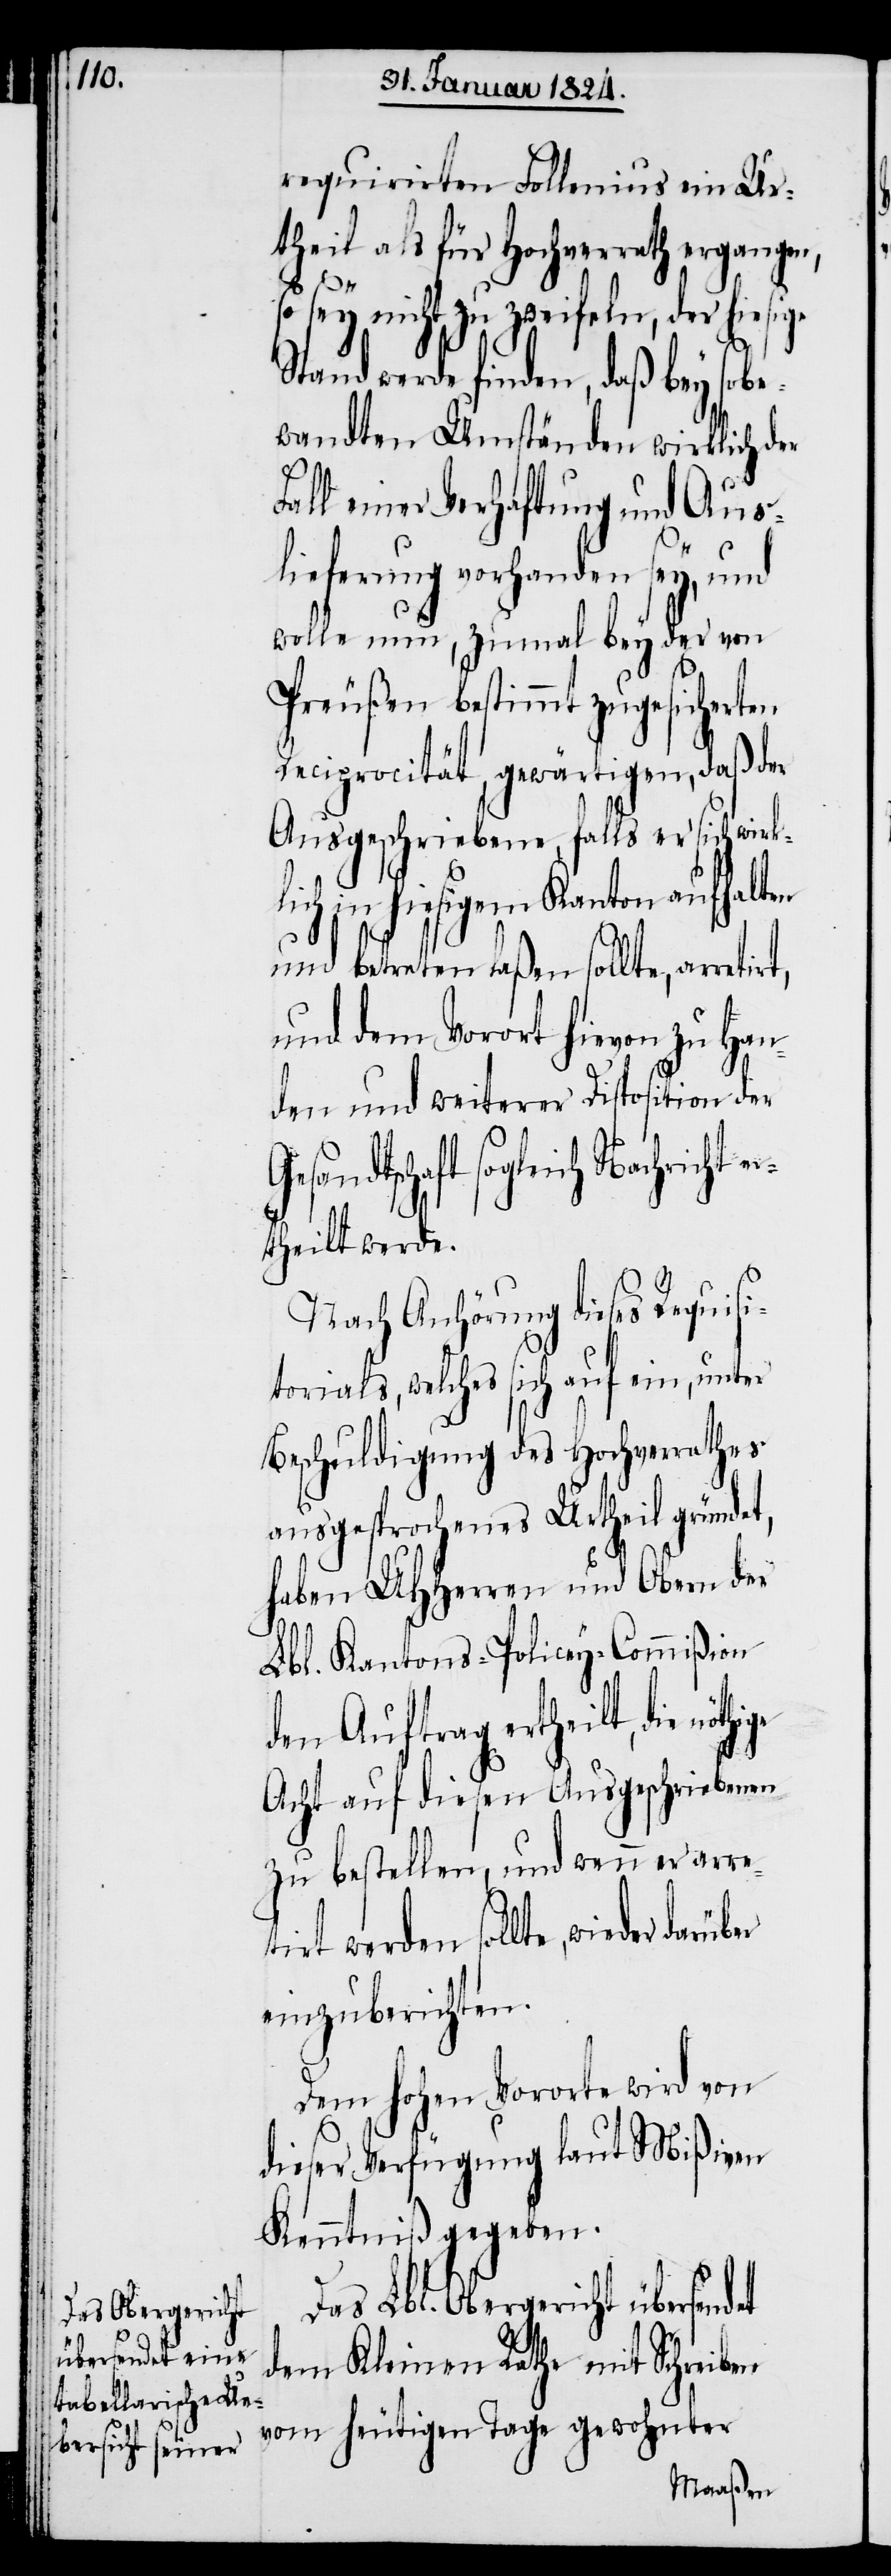
requirirten Follenius ein Ur¬
theil als für Hochverrath ergangen,
so sey nicht zu zweifeln, der hiesige
Stand werde finden, daß bey so be¬
wandten Umständen wirklich der
det
all einer Verhaftung und Aus¬
lieferung vorhanden sey, und
wolle nun, zumal bey der von
Preußen bestimmt zugesicherten
Reciprocität, gewärtigen, daß der
Ausgeschriebene, falls er sich wirk¬
ch in hiesigem Kanton aufhalten
und betreten laßen sollte, arretir¬
und dem Vorort hievon zu Han¬
den und weiterer Disposition der
Gesandtschaft sogleich
ertheilt werde.
Nach Anhörung dieses Requisi¬
torials, welches sich auf ein, unter
Beschuldigung des Hochverrathes
ausgesprochenes Urtheil gründet,
haben UHHerren und Obern der
Lbl. Kantons-Policey-Commißion
den Auftrag ertheilt, die
Acht auf diesen Ausgeschriebenen
zu bestellen, und wenn er arre¬
tirt werden sollte, wieder
einzuberichten.
Dem hohen Vororte wird von
dieser Verfügung laut Mißiven
Kenntniß gegeben.
Das Lbl. Obergericht übersen¬
dem Kleinen Rathe mit Schreiben
vom heutigen Tage gewohnter